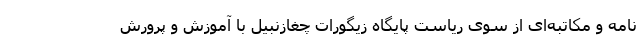
نامه و مکاتبه‌ای از سوی ریاست پایگاه زیگورات چغازنبیل با آموزش و پرورش